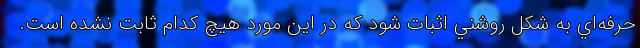
حرفه‌اي به شكل روشني اثبات شود كه در اين مورد هيچ كدام ثابت نشده است.